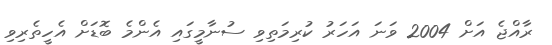
ރާއްޖެ އަށް 2004 ވަނަ އަހަރު ކުރިމަތިވި ސުނާމީގައި އެންމެ ބޮޑަށް އެހީތެރިވި